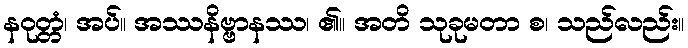
နဝုတ္တံ၊ အပ်။ အဿနိဗ္ဗာနဿ၊ ၏။ အတိ သုခုမတာ စ၊ သည်လည်း။